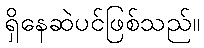
ရှိနေဆဲပင်ဖြစ်သည်။